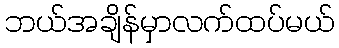
ဘယ်အချိန်မှာလက်ထပ်မယ်